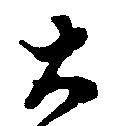
大